Indian Civil Veterinary Department memoirs
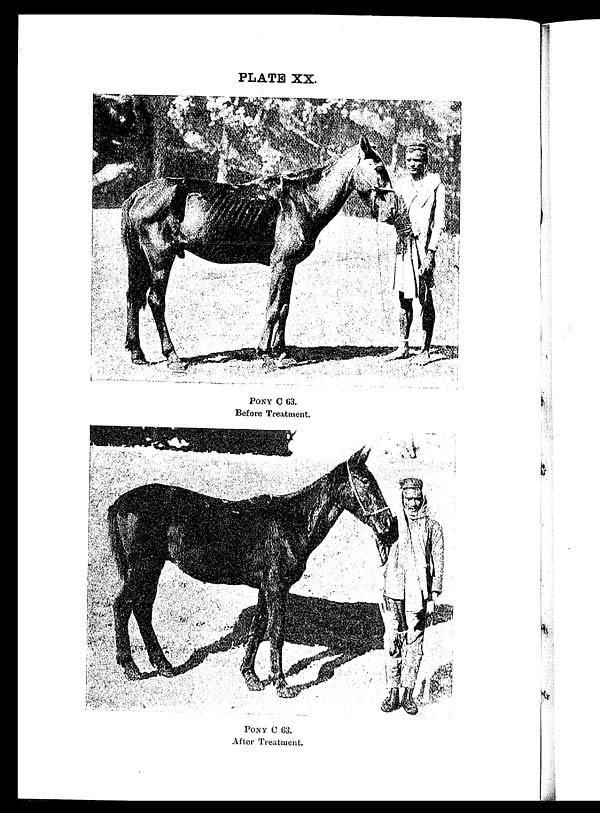
PLATE XX.
PONY C 63.
Before Treatment.
PONY C 63.
After Treatment.